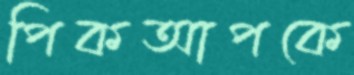
পিকআপকে